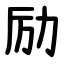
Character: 励